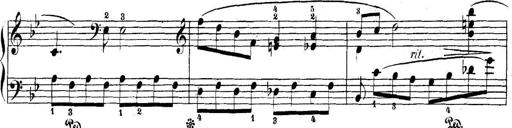
Title: 5 Sonatinas
Composer: Theodor Kirchner